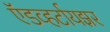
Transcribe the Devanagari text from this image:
ऍडव्हर्टायझर